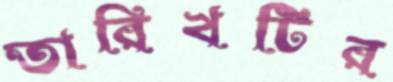
তারিখটির